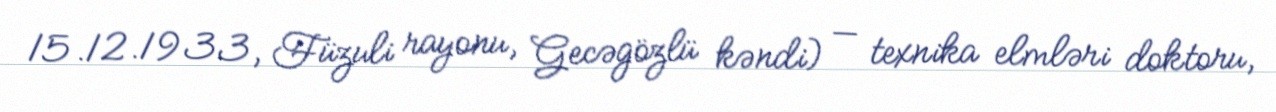
15.12.1933, Füzuli rayonu, Gecəgözlü kəndi) — texnika elmləri doktoru,